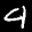
Label: 4